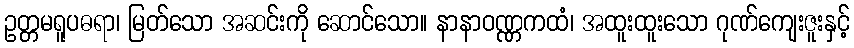
ဥတ္တမရူပဓရာ၊ မြတ်သော အဆင်းကို ဆောင်သော။ နာနာဝဏ္ဏကထံ၊ အထူးထူးသော ဂုဏ်ကျေးဇူးနှင့်